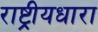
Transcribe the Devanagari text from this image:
राष्ट्रीयधारा